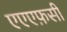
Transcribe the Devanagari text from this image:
एएएफ़सी